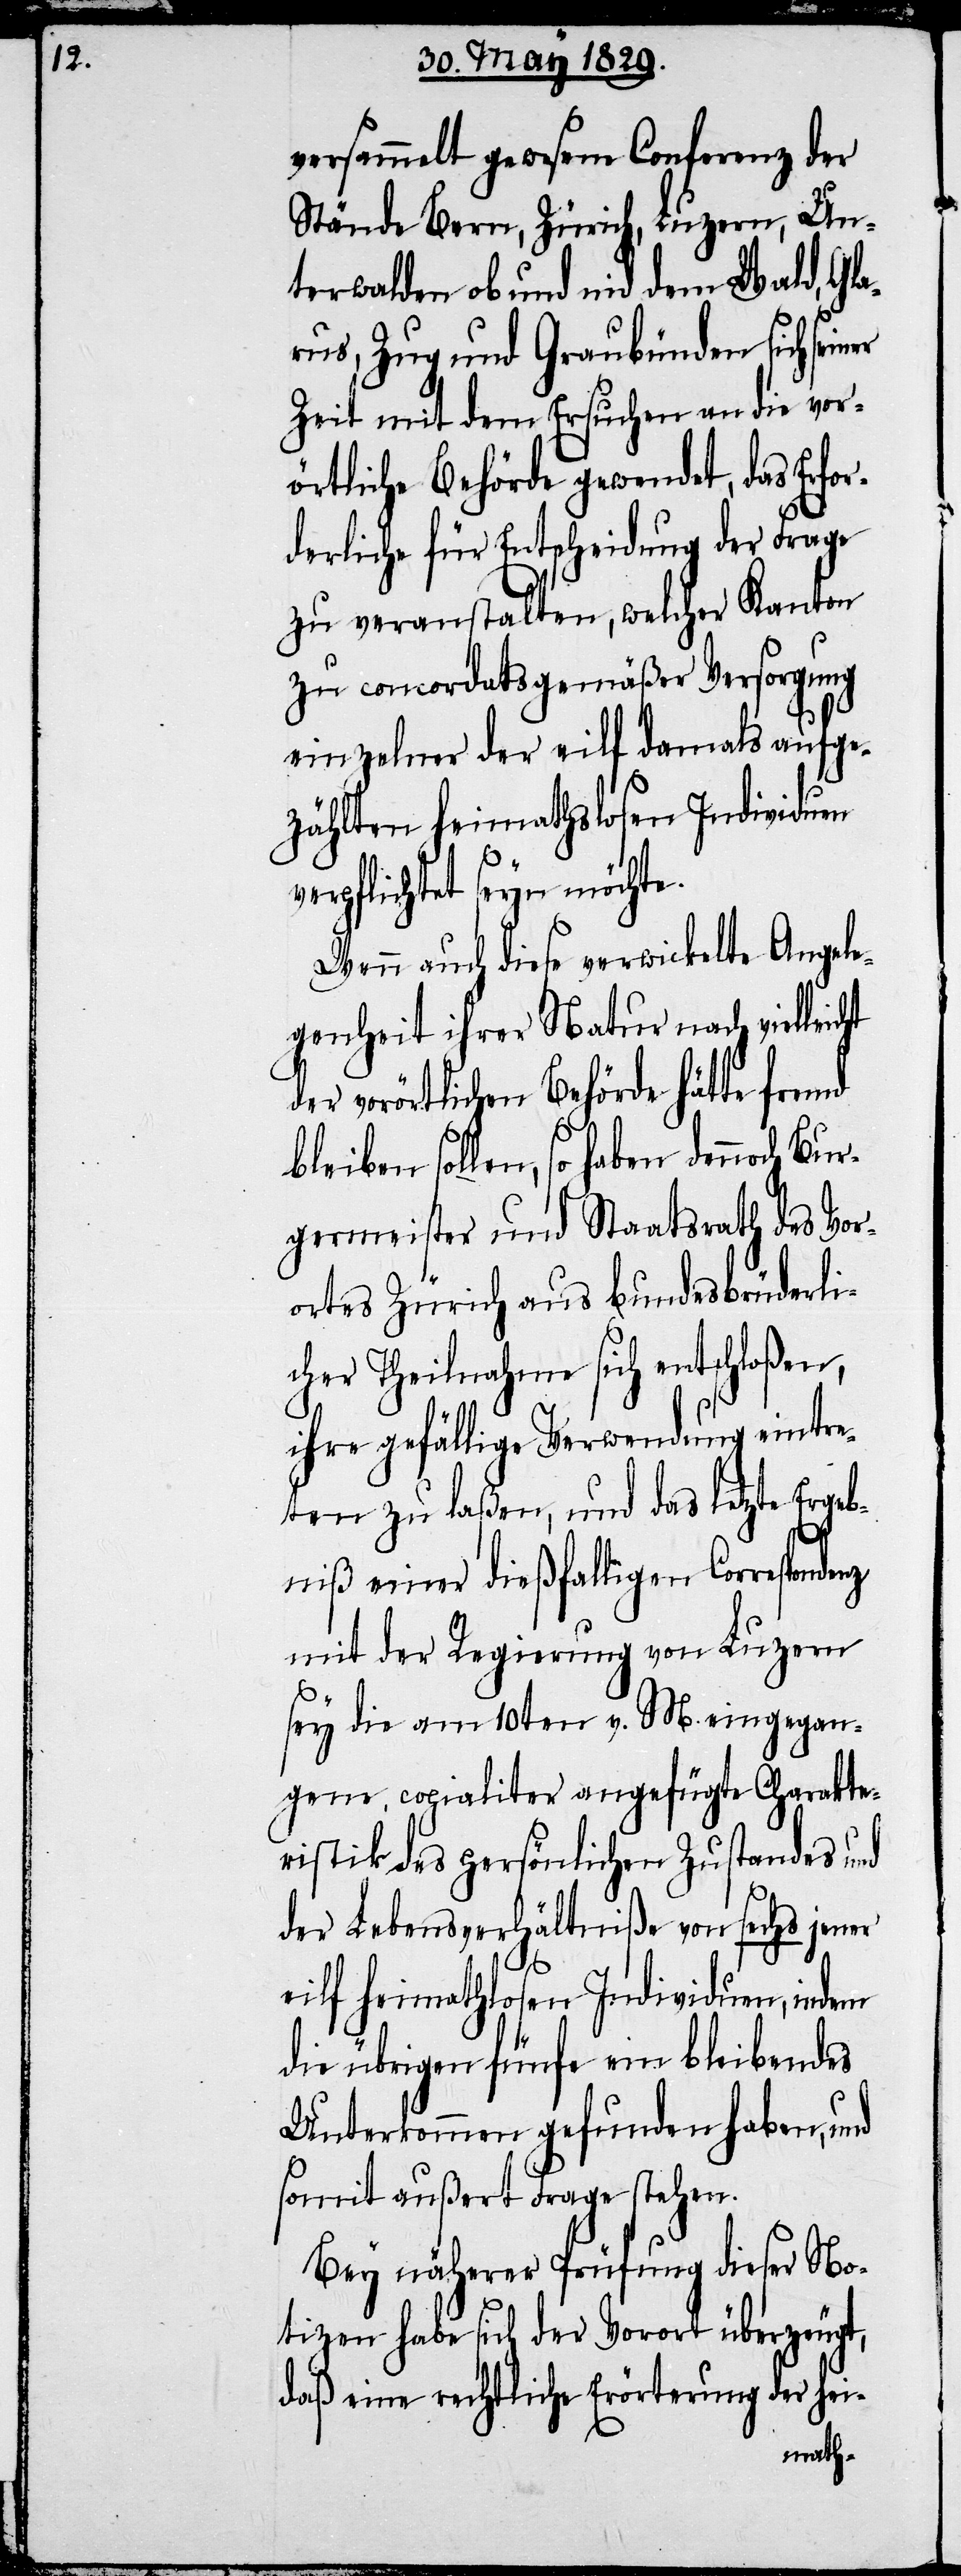
denz

versammelt gewesene Conferenz der
Stände Bern, Zürich, Luzern, Un¬
terwalden ob und nid dem Wald, Gla¬
rus, Zug und Graubünden sich
Zeit mit dem Ersuchen an die vor¬
örtliche Behörde gewendet, das Erfor¬
derliche für Entscheidung der Frage
zu veranstalten, welcher Kanton
zu concordatsgemäßer Versorgung
einzelner der eilf damals aufge¬
zählten heimathlosen Individuen
verpflichtet seyn möchte.
Wenn auch diese verwickelte Angele¬
genheit ihrer Natur nach vielleicht
der vorörtlichen Behörde hätte fremd
bleiben sollen, so haben dennoch Bur¬
germeister und Staatsrath des Vor¬
ortes Zürich aus bundesbrüderli¬
cher Theilnahme sich entschloßen,
ihre gefällige Verwendung eintre¬
ten zu laßen, und das letzte Ergeb¬
niß einer dießfälligen Correspon¬
mit der Regierung von Luzern
sey die am 10ten v. M. eingegan¬
gene, copialiter angefügte Charakte¬
ristik des persönlichen Zustandes und
der Lebensverhältniße von sechs jener
eilf heimathlosen Individuen, indem
die übrigen fünfe ein bleibendes
Unterkommen gefunden haben, und
somit außert Frage stehen.
Bey näherer Prüfung dieser No¬
tizen habe sich der Vorort überzeugt,
daß eine rechtliche Erörterung der hei-